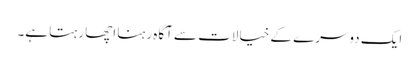
ایک دوسرے کے خیالات سے آگاہ رہنا اچھا رہتا ہے۔